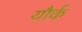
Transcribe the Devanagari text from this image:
यौर्क